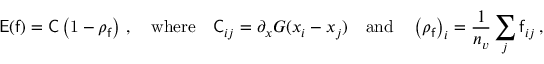
\mathsf { E } ( \mathsf { f } ) = \mathsf { C } \left( \mathrm { 1 } - \rho _ { \mathsf { f } } \right) \, , \quad \mathrm { w h e r e } \quad \mathsf { C } _ { i j } = \partial _ { x } G ( x _ { i } - x _ { j } ) \quad \mathrm { a n d } \quad \left( \rho _ { \mathsf { f } } \right) _ { i } = \frac { 1 } { n _ { v } } \sum _ { j } \mathsf { f } _ { i j } \, ,